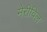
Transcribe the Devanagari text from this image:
मेरीविल